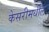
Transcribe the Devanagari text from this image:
केसरीमधील